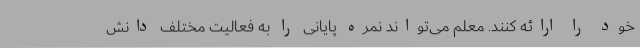
خود را ارائه کنند. معلم می‌تواند نمره پایانی را به فعالیت مختلف دانش